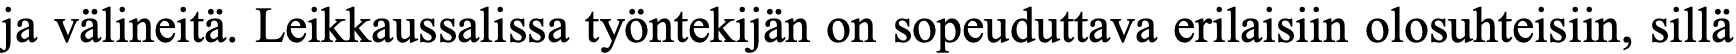
ja välineitä. Leikkaussalissa työntekijän on sopeuduttava erilaisiin olosuhteisiin, sillä